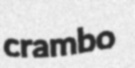
crambo